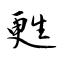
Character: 甦